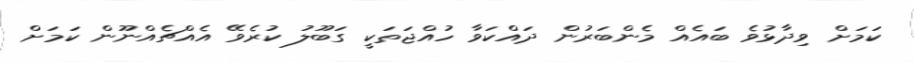
ކަމަށް ވިދާޅުވެ ބައެއް މެންބަރުން ދައްކަވާ ހުއްޖަތަކީ ގަބޫލު ކުރެވޭ އެއްޗެއްނޫން ކަމަށް